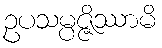
ဥပသမ္ပဇ္ဇိဿာမိ